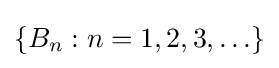
\left\{{B_{n}:n=1,2,3,\ldots }\right\}